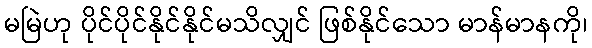
မမြဲဟု ပိုင်ပိုင်နိုင်နိုင်မသိလျှင် ဖြစ်နိုင်သော မာန်မာနကို၊